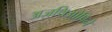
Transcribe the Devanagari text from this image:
अज़थिओप्रिने